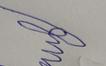
Signature authenticity: forged